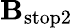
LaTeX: \mathbf{B}_{\mathrm{{stop2}}}